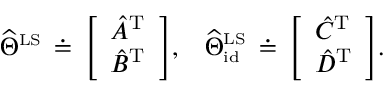
\begin{array} { r l r } & { \widehat { \Theta } ^ { \scriptscriptstyle \mathrm { L S } } \, \doteq \, \left[ \begin{array} { l } { \hat { A } ^ { \mathrm { T } } } \\ { \hat { B } ^ { \mathrm { T } } } \end{array} \right] \! , } & { \widehat { \Theta } _ { \scriptscriptstyle \mathrm { i d } } ^ { \scriptscriptstyle \mathrm { L S } } \, \doteq \, \left[ \begin{array} { l } { \hat { C } ^ { \mathrm { T } } } \\ { \hat { D } ^ { \mathrm { T } } } \end{array} \right] \! . } \end{array}